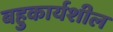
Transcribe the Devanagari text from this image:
बहुकार्यशील